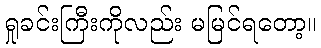
ရှုခင်းကြီးကိုလည်း မမြင်ရတော့။